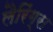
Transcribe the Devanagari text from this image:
लैरिंग्स